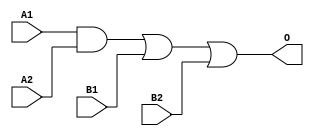
module MJDB211A(A1, A2, B1, B2, O);
input   A1;
input   A2;
input   B1;
input   B2;
output  O;
and g0(w0, A1, A2);
or g1(O, w0, B1, B2);
endmodule